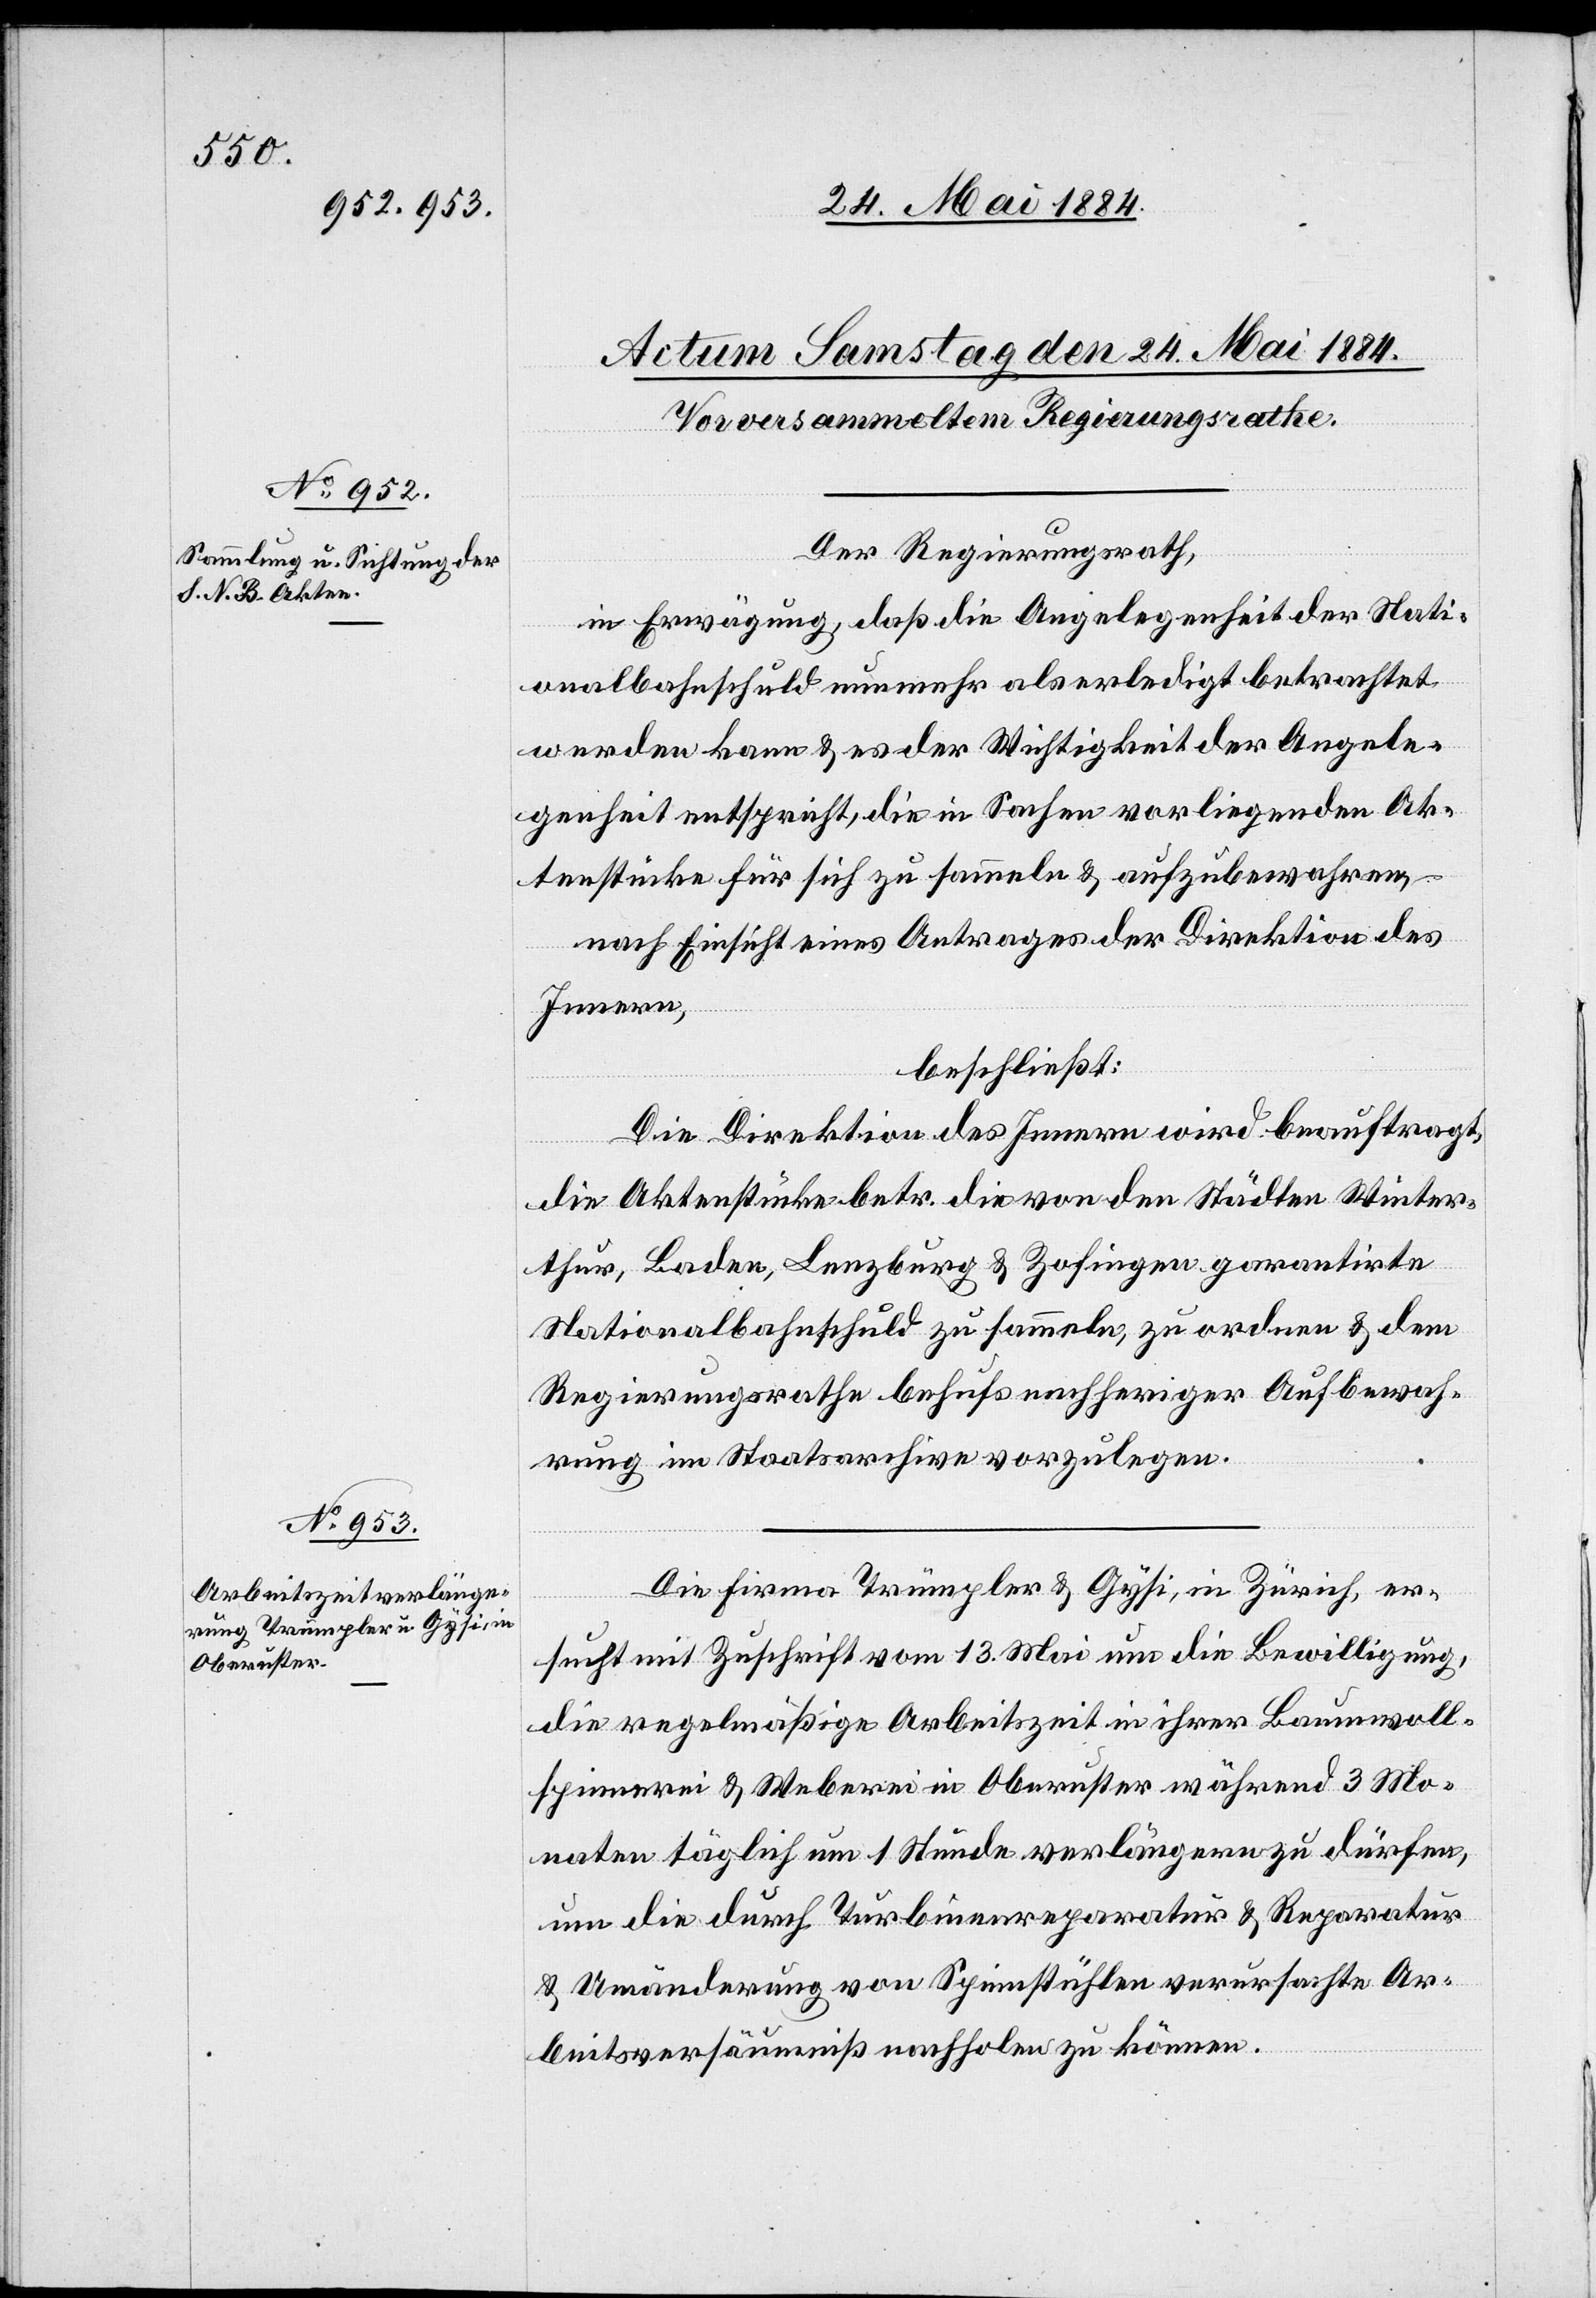
Der Regierungsrath,
in Erwägung, daß die Angelegenheit der Nati¬
onalbahnschuld nunmehr als erledigt betrachtet
werden kann & es der Wichtigkeit der Angele¬
genheit entspricht, die in Sachen vorliegenden Ak¬
tenstücke für sich zu sammeln & aufzubewahren,
nach Einsicht eines Antrages der Direktion des
Innern,
beschließt:
Die Direktion des Innern wird beauftragt,
die Aktenstücke betr. die von den Städten Winter¬
thur, Baden, Lenzburg & Zofingen garantirte
Nationalbahnschuld zu sammeln, zu ordnen & dem
Regierungsrathe behufs nachheriger Aufbewah¬
rung im Staatsarchive vorzulegen.
Die Firma Trümpler & Gysi, in Zürich, er¬
sucht mit Zuschrift vom 13. Mai um die Bewilligung,
die regelmäßige Arbeitszeit in ihrer Baumwoll¬
spinnerei & Weberei in Oberuster während 3 Mo¬
naten täglich um 1 Stunde verlängern zu dürfen,
um die durch Turbinenreparatur & Reparatur
& Umänderung von Spinnstühle verursachte Ar¬
beitsversäumniß nachholen zu können.